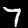
Label: 7